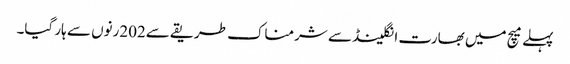
پہلے میچ میں بھارت انگلینڈ سے شرمناک طریقے سے202رنوں سے ہار گیا۔